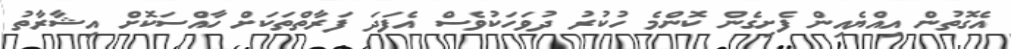
އެގޮތުން އިއްޔެއިން ފެށިގެން ކޮންމެ ހުކުރު ދުވަހަކުވެސް އެފަދަ ފަރާތްތަކަށް ހާއްސަކޮށް އިޝާރާތު